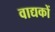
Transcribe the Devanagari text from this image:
वाद्यकों